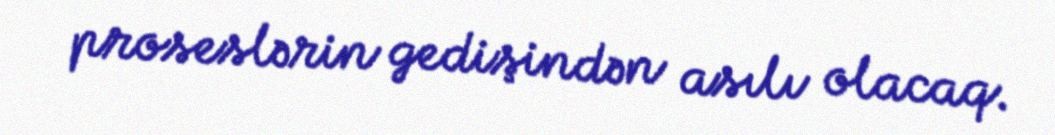
proseslərin gedişindən asılı olacaq.